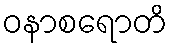
ဝနာစရောတိ